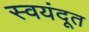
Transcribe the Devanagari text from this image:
स्वयंदूत